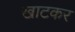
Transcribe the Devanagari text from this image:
खाटकर